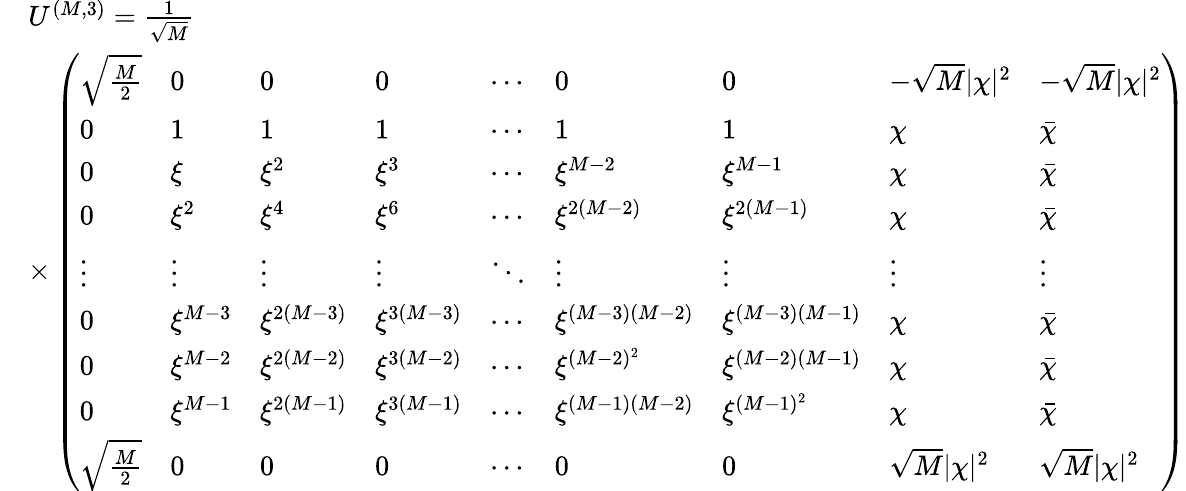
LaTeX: \begin{array}{rl}&{U^{(M,3)}=\frac{1}{\sqrt{M}}}\\ &{\times\left(\begin{array}{lllllllll}{\sqrt{\frac{M}{2}}}&{0}&{0}&{0}&{\cdots}&{0}&{0}&{-\sqrt{M}|\chi|^{2}}&{-\sqrt{M}|\chi|^{2}}\\ {0}&{1}&{1}&{1}&{\cdots}&{1}&{1}&{\chi}&{\bar{\chi}}\\ {0}&{\xi}&{\xi^{2}}&{\xi^{3}}&{\cdots}&{\xi^{M-2}}&{\xi^{M-1}}&{\chi}&{\bar{\chi}}\\ {0}&{\xi^{2}}&{\xi^{4}}&{\xi^{6}}&{\cdots}&{\xi^{2(M-2)}}&{\xi^{2(M-1)}}&{\chi}&{\bar{\chi}}\\ {\vdots}&{\vdots}&{\vdots}&{\vdots}&{\ddots}&{\vdots}&{\vdots}&{\vdots}&{\vdots}\\ {0}&{\xi^{M-3}}&{\xi^{2(M-3)}}&{\xi^{3(M-3)}}&{\cdots}&{\xi^{(M-3)(M-2)}}&{\xi^{(M-3)(M-1)}}&{\chi}&{\bar{\chi}}\\ {0}&{\xi^{M-2}}&{\xi^{2(M-2)}}&{\xi^{3(M-2)}}&{\cdots}&{\xi^{(M-2)^{2}}}&{\xi^{(M-2)(M-1)}}&{\chi}&{\bar{\chi}}\\ {0}&{\xi^{M-1}}&{\xi^{2(M-1)}}&{\xi^{3(M-1)}}&{\cdots}&{\xi^{(M-1)(M-2)}}&{\xi^{(M-1)^{2}}}&{\chi}&{\bar{\chi}}\\ {\sqrt{\frac{M}{2}}}&{0}&{0}&{0}&{\cdots}&{0}&{0}&{\sqrt{M}|\chi|^{2}}&{\sqrt{M}|\chi|^{2}}\end{array}\right)}\end{array}